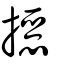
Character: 𢵣